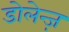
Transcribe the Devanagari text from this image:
डोलेन्ज़